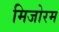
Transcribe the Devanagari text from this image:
मिजोरम